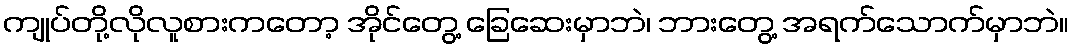
ကျုပ်တို့လိုလူစားကတော့ အိုင်တွေ့ ခြေဆေးမှာဘဲ၊ ဘားတွေ့ အရက်သောက်မှာဘဲ။